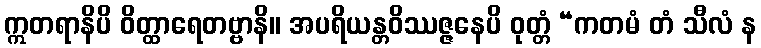
ဣတရာနိပိ ဝိတ္ထာရေတဗ္ဗာနိ။ အပရိယန္တဝိဿဇ္ဇနေပိ ဝုတ္တံ “ကတမံ တံ သီလံ န